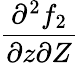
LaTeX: \frac{\partial^{2}f_{2}}{\partial z\partial Z}